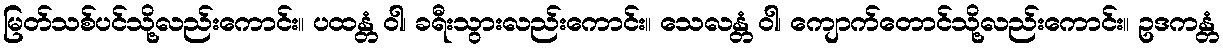
မြတ်သစ်ပင်သို့လည်းကောင်း။ ပထန္တံ ဝါ၊ ခရီးသွားလည်းကောင်း။ သေလန္တံ ဝါ၊ ကျောက်တောင်သို့လည်းကောင်း။ ဥဒကန္တံ